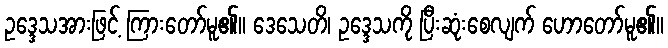
ဥဒ္ဒေသအားဖြင့် ကြားတော်မူ၏။ ဒေသေတိ၊ ဥဒ္ဒေသကို ပြီးဆုံးစေလျက် ဟောတော်မူ၏။